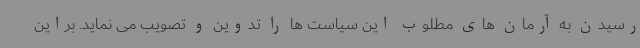
رسیدن به آرمان های مطلوب این سیاست ها را تدوین و تصویب می نماید. براین